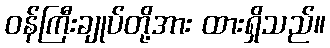
ဝန်ကြီးချုပ်တို့အား ထားရှိသည်။